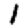
Digit: 1